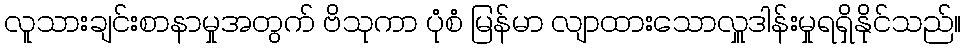
လူသားချင်းစာနာမှုအတွက် ဗိသုကာ ပုံစံ မြန်မာ လျာထားသောလှူဒါန်းမှုရရှိနိုင်သည်။